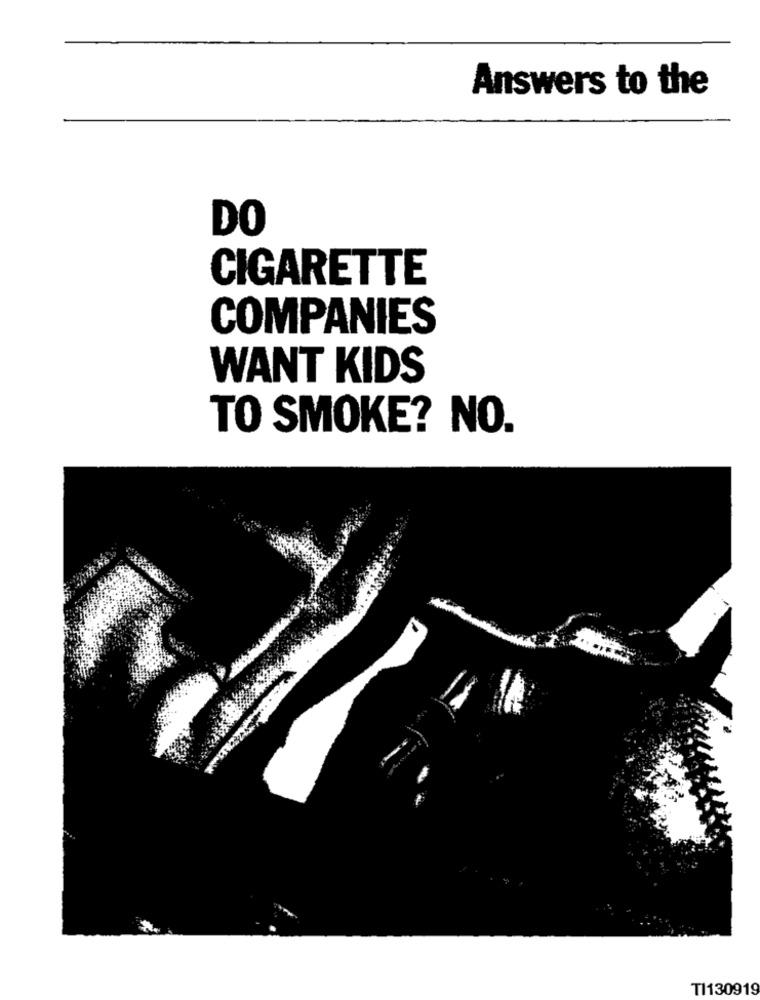
Answers to the
DO
CIGARETTE
COMPANIES
WANT KIDS
TO SMOKE? NO.
TI130919